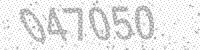
Solution: 047050